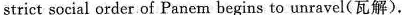
strict social order of Panem begins to unravel(瓦解).